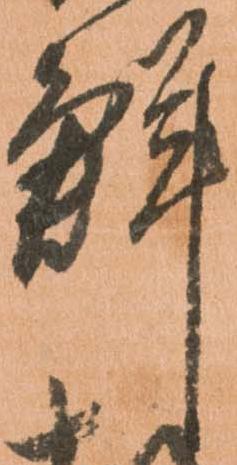
鮮